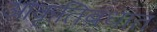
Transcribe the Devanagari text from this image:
आकृतिबंधात